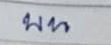
บน